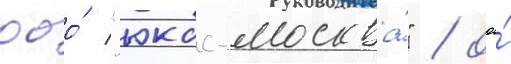
ооо́ "юкос-москва́" / ооо́